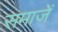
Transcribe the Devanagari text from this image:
समाजें